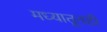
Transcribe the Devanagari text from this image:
मध्यातूनही